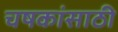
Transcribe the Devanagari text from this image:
चषकांसाठी